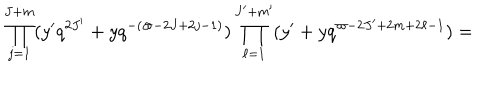
LaTeX: \prod _ { j = 1 } ^ { J + m } ( y ^ { \prime } q ^ { 2 J ^ { \prime } } + y q ^ { - ( \varpi - 2 J + 2 j - 1 ) } ) \prod _ { \ell = 1 } ^ { J ^ { \prime } + m ^ { \prime } } ( y ^ { \prime } + y q ^ { \varpi - 2 J ^ { \prime } + 2 m + 2 \ell - 1 } ) =